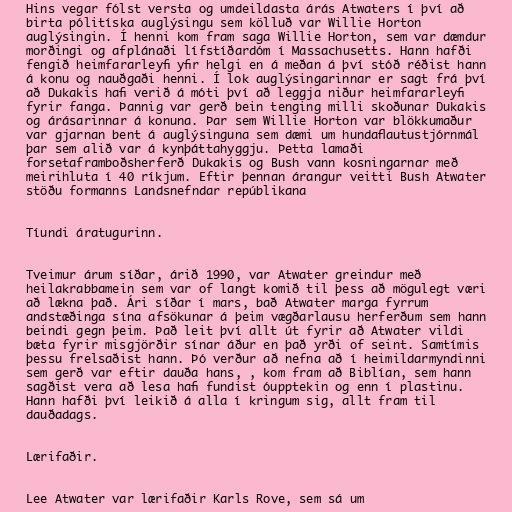
Hins vegar fólst versta og umdeildasta árás Atwaters í því að
birta pólitíska auglýsingu sem kölluð var Willie Horton
auglýsingin. Í henni kom fram saga Willie Horton, sem var dæmdur
morðingi og afplánaði lífstíðardóm í Massachusetts. Hann hafði
fengið heimfararleyfi yfir helgi en á meðan á því stóð réðist hann
á konu og nauðgaði henni. Í lok auglýsingarinnar er sagt frá því
að Dukakis hafi verið á móti því að leggja niður heimfararleyfi
fyrir fanga. Þannig var gerð bein tenging milli skoðunar Dukakis
og árásarinnar á konuna. Þar sem Willie Horton var blökkumaður
var gjarnan bent á auglýsinguna sem dæmi um hundaflautustjórnmál
þar sem alið var á kynþáttahyggju. Þetta lamaði
forsetaframboðsherferð Dukakis og Bush vann kosningarnar með
meirihluta í 40 ríkjum. Eftir þennan árangur veitti Bush Atwater
stöðu formanns Landsnefndar repúblikana

Tíundi áratugurinn.

Tveimur árum síðar, árið 1990, var Atwater greindur með
heilakrabbamein sem var of langt komið til þess að mögulegt væri
að lækna það. Ári síðar í mars, bað Atwater marga fyrrum
andstæðinga sína afsökunar á þeim vægðarlausu herferðum sem hann
beindi gegn þeim. Það leit því allt út fyrir að Atwater vildi
bæta fyrir misgjörðir sínar áður en það yrði of seint. Samtímis
þessu frelsaðist hann. Þó verður að nefna að í heimildarmyndinni
sem gerð var eftir dauða hans, , kom fram að Biblían, sem hann
sagðist vera að lesa hafi fundist óupptekin og enn í plastinu.
Hann hafði því leikið á alla í kringum sig, allt fram til
dauðadags.

Lærifaðir.

Lee Atwater var lærifaðir Karls Rove, sem sá um